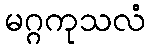
မဂ္ဂကုသလံ